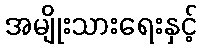
အမျိုးသားရေးနှင့်